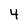
Character: 4